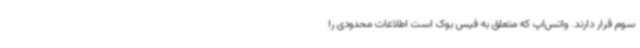
سوم قرار دارند. واتس‌اپ که متعلق به فیس بوک است اطلاعات محدودی را